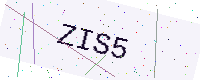
Text: ZIS5